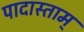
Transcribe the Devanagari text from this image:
पादास्ताम्